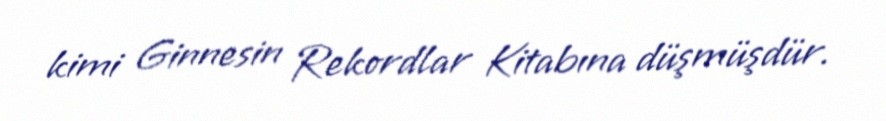
kimi Ginnesin Rekordlar Kitabına düşmüşdür.